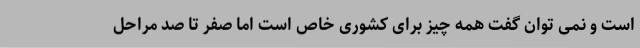
است و نمی توان گفت همه چیز برای کشوری خاص است اما صفر تا صد مراحل